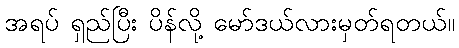
အရပ် ရှည်ပြီး ပိန်လို့ မော်ဒယ်လားမှတ်ရတယ်။